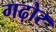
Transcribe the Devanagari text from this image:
गढ़ोर